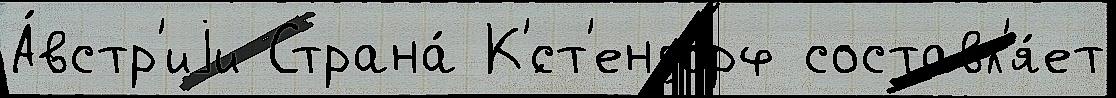
А́встр'иjи Страна́ К'́ст'ендорф составл'я́ет